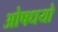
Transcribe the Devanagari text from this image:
ओषधयो